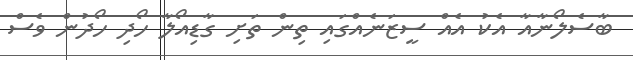
ބާސެލޯނާއާ އެކު އެއް ސީޒަނެއްގައި ތިން ތަށި ގާޑިއޯލާ ހޯދި ހޯދުން ވެސް